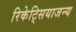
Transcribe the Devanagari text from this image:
रिकेट्सियाजन्य